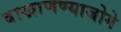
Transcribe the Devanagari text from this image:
वाखाणण्याजोगे